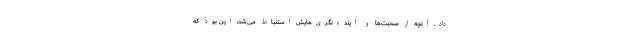
داد. آنچه از صحبت‌ها و آینده‌نگری‌هایش استنباط می‌شد، این بود که